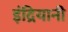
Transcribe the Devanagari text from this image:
इंद्रियानी